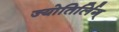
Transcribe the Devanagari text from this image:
ज्योतिर्लिग्